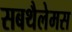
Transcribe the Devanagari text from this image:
सबथैलेमस